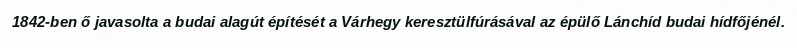
1842-ben ő javasolta a budai alagút építését a Várhegy keresztülfúrásával az épülő Lánchíd budai hídfőjénél.